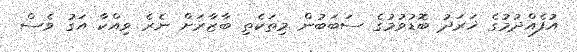
އުފެއްދުމުގެ ޚަރަދު ބޮޑުވުމުގެ ސަބަބުން މިތަކެތި ބާޒާރަށް ނެރެ ވިއްކާ އަގު ވެސް